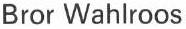
Bror Wahlroos